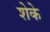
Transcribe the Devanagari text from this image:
शेके